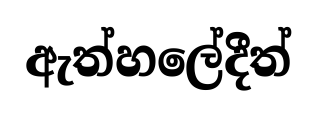
ඇත්හලේදීත්